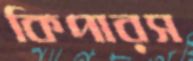
কিপারস